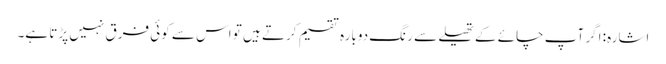
اشارہ: اگر آپ چائے کے تھیلے سے رنگ دوبارہ تقسیم کرتے ہیں تو اس سے کوئی فرق نہیں پڑتا ہے۔